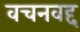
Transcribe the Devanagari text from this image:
वचनवद्द